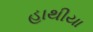
હાથીયા